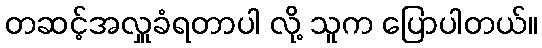
တဆင့်အလှူခံရတာပါ လို့ သူက ပြောပါတယ်။